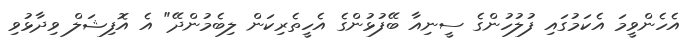
އެހެންވީމަ އެކަމުގައި ފުލުހުންގެ ސީނިއާ ބޭފުޅުންގެ އެހީތެރިކަން ލިބެމުންދޭ" އެ އޮފިޝަލް ވިދާޅުވި